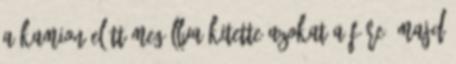
a kamion előtt megállva kitette azokat a fűre, majd